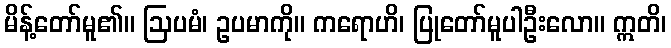
မိန့်တော်မူ၏။ ဩပမံ၊ ဥပမာကို။ ကရောဟိ၊ ပြုတော်မူပါဦးလော။ ဣတိ၊